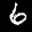
Label: 6